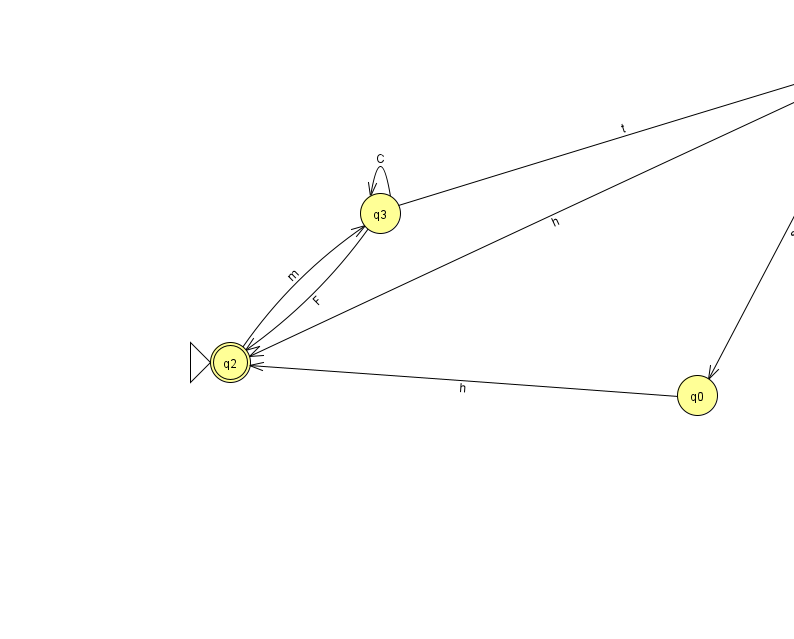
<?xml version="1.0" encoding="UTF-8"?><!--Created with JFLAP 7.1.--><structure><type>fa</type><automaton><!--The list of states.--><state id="0" name="q0"><x>697.0</x><y>382.0</y></state><state id="1" name="q1"><x>872.0</x><y>50.0</y></state><state id="2" name="q2"><x>230.0</x><y>349.0</y><initial/><final/></state><state id="3" name="q3"><x>380.0</x><y>200.0</y></state><!--The list of transitions.--><transition><from>1</from><to>2</to><read>h</read></transition><transition><from>3</from><to>3</to><read>C</read></transition><transition><from>3</from><to>2</to><read>F</read></transition><transition><from>0</from><to>2</to><read>h</read></transition><transition><from>1</from><to>0</to><read>s</read></transition><transition><from>1</from><to>1</to><read>I</read></transition><transition><from>2</from><to>3</to><read>m</read></transition><transition><from>3</from><to>1</to><read>t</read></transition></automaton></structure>